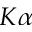
K \alpha